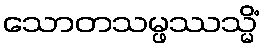
သောတသမ္ဖဿသ္မိံ